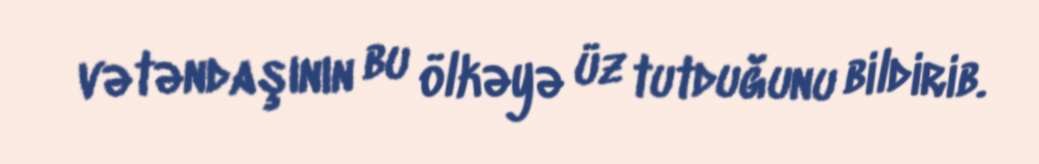
vətəndaşının bu ölkəyə üz tutduğunu bildirib.